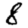
Digit: 8